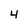
Character: 4